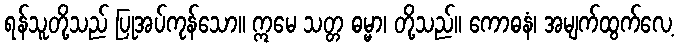
ရန်သူတို့သည် ပြုအပ်ကုန်သော။ ဣမေ သတ္တ ဓမ္မာ၊ တို့သည်။ ကောဓနံ၊ အမျက်ထွက်လေ့